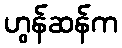
ဟွန်ဆန်က